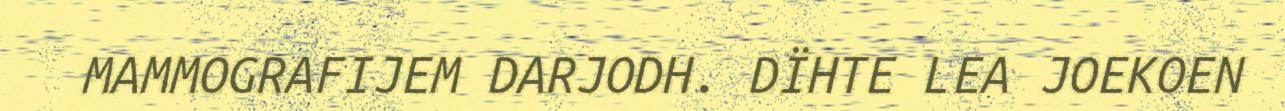
MAMMOGRAFIJEM DARJODH. DÏHTE LEA JOEKOEN